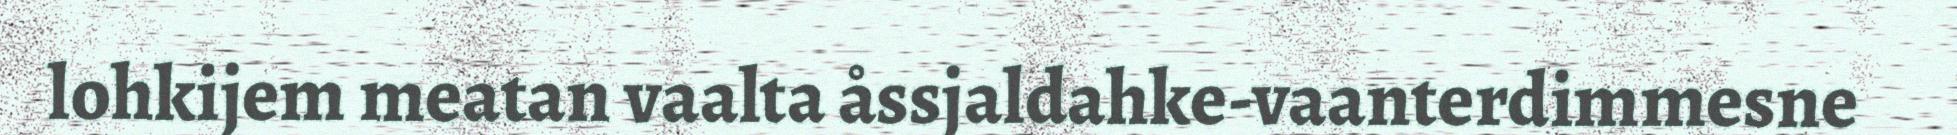
lohkijem meatan vaalta åssjaldahke-vaanterdimmesne